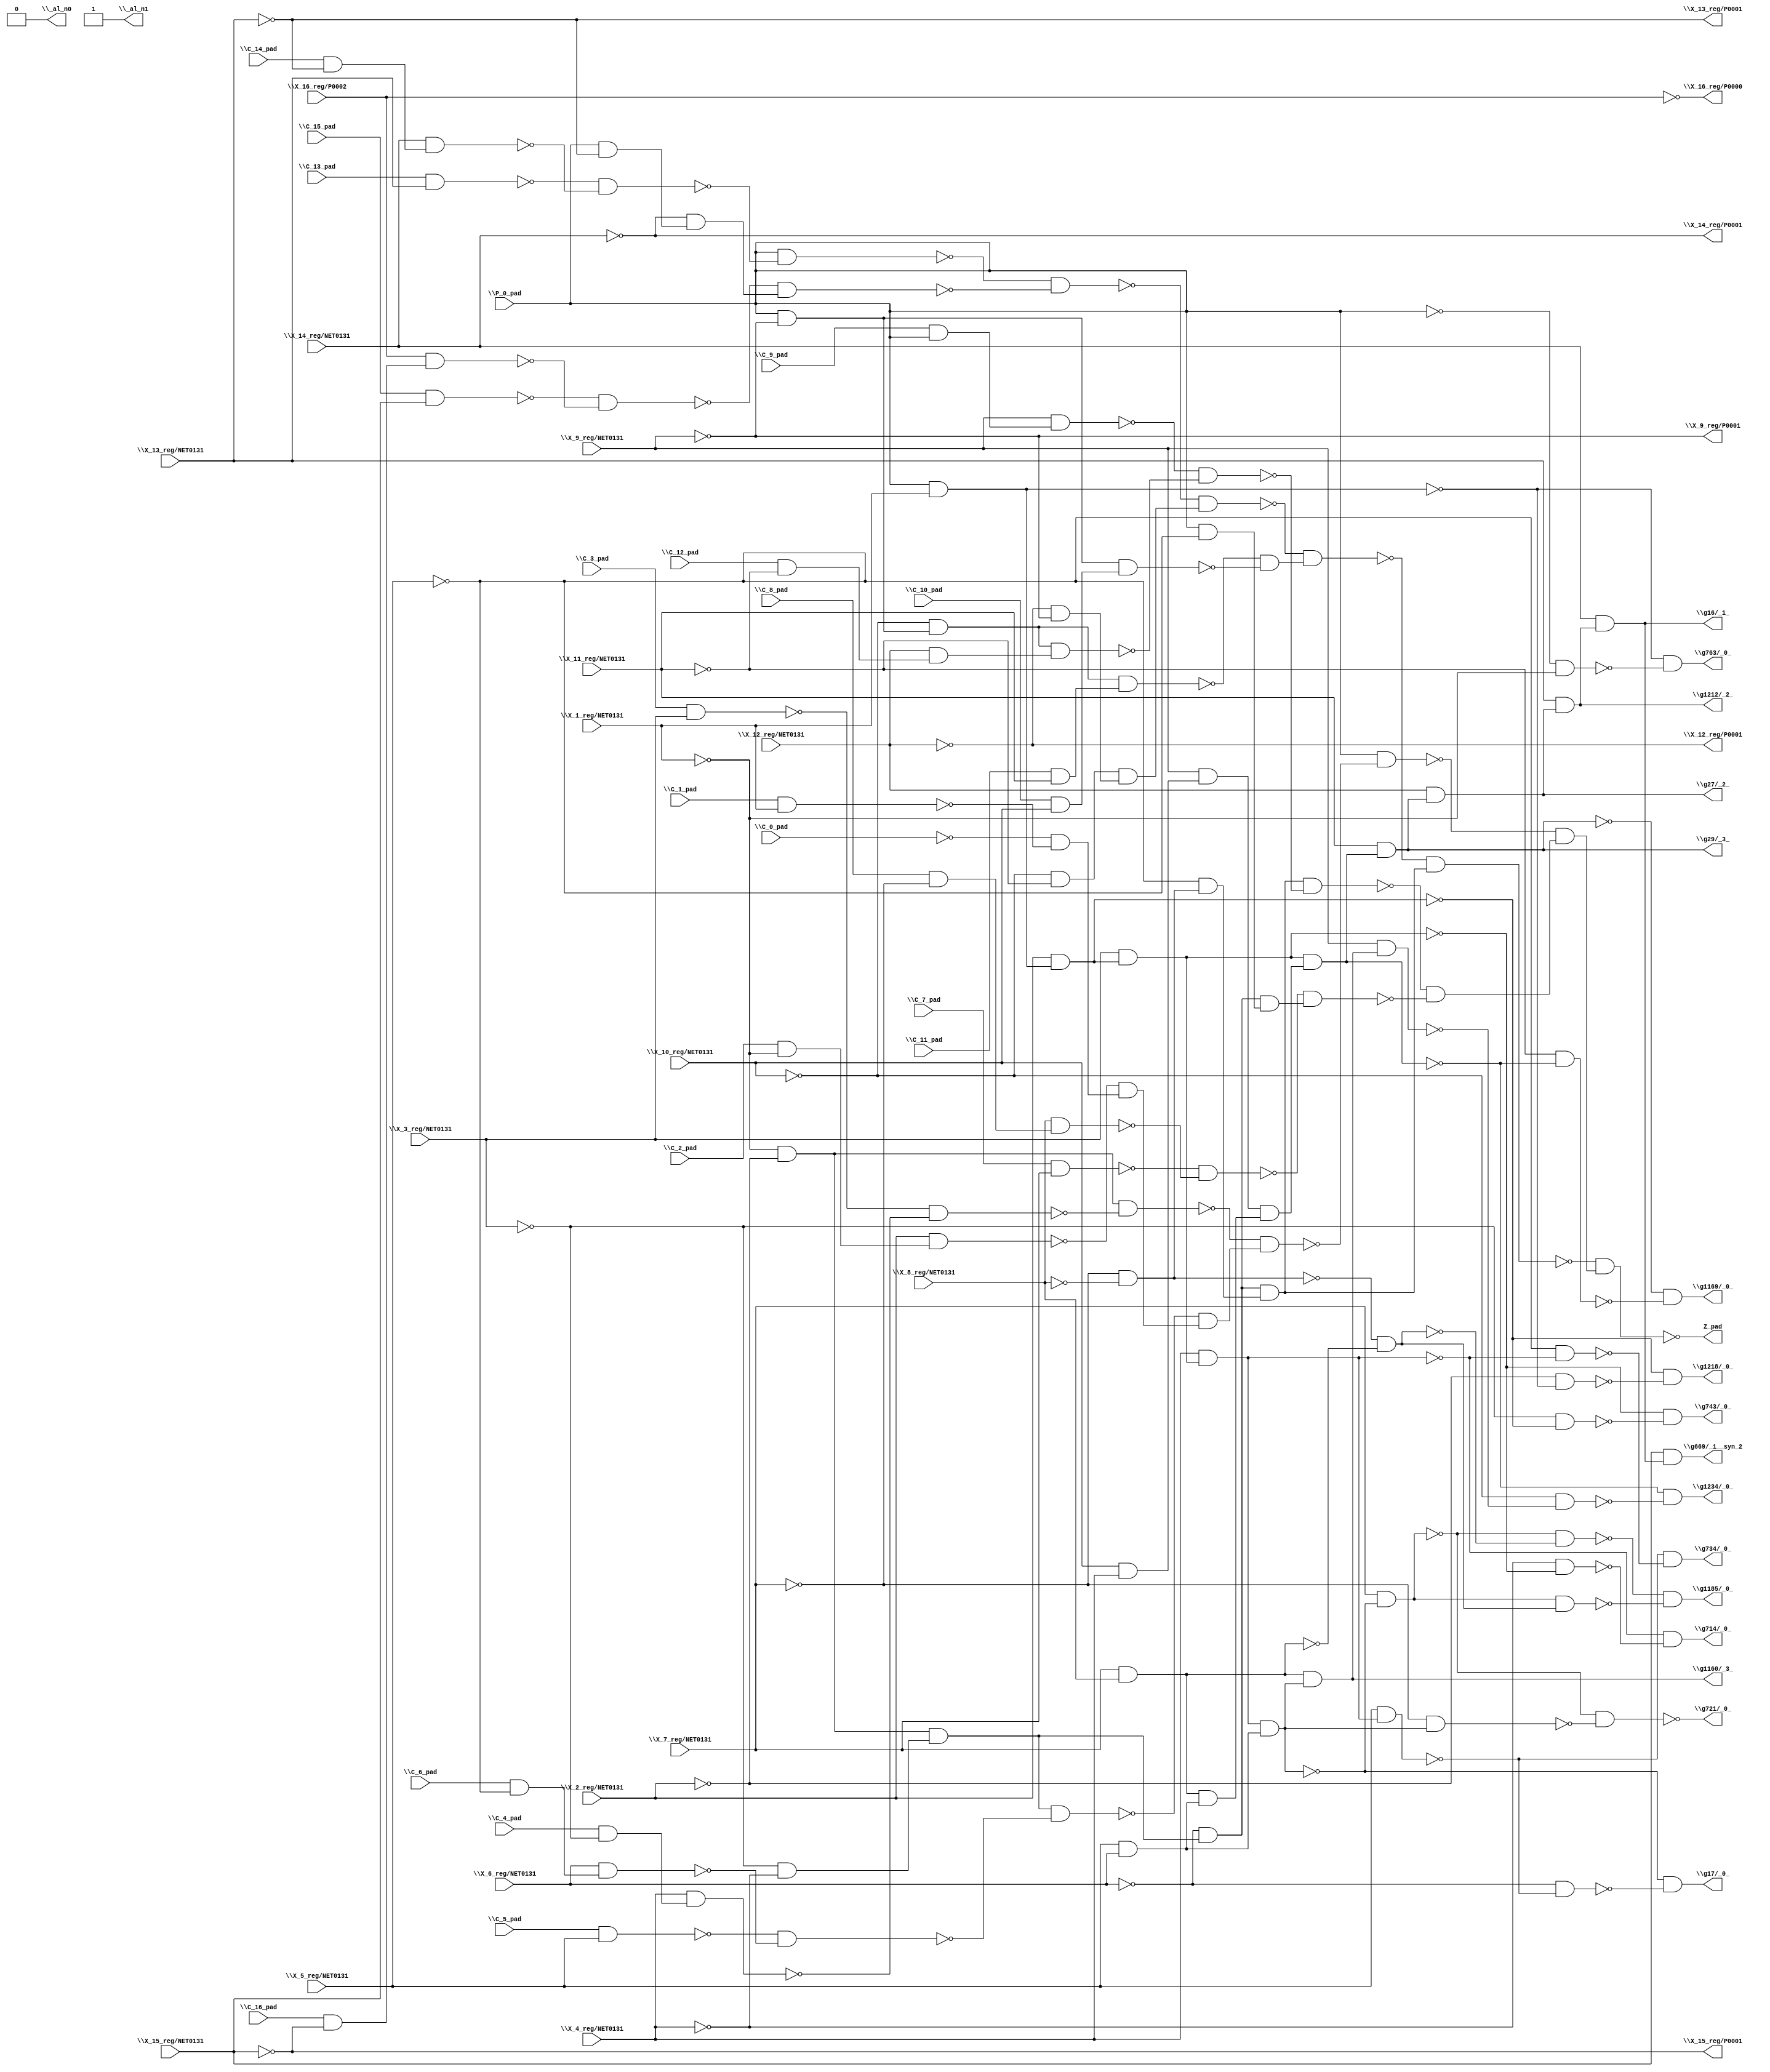
module top( \C_0_pad  , \C_10_pad  , \C_11_pad  , \C_12_pad  , \C_13_pad  , \C_14_pad  , \C_15_pad  , \C_16_pad  , \C_1_pad  , \C_2_pad  , \C_3_pad  , \C_4_pad  , \C_5_pad  , \C_6_pad  , \C_7_pad  , \C_8_pad  , \C_9_pad  , \P_0_pad  , \X_10_reg/NET0131  , \X_11_reg/NET0131  , \X_12_reg/NET0131  , \X_13_reg/NET0131  , \X_14_reg/NET0131  , \X_15_reg/NET0131  , \X_16_reg/P0002  , \X_1_reg/NET0131  , \X_2_reg/NET0131  , \X_3_reg/NET0131  , \X_4_reg/NET0131  , \X_5_reg/NET0131  , \X_6_reg/NET0131  , \X_7_reg/NET0131  , \X_8_reg/NET0131  , \X_9_reg/NET0131  , \X_12_reg/P0001  , \X_13_reg/P0001  , \X_14_reg/P0001  , \X_15_reg/P0001  , \X_16_reg/P0000  , \X_9_reg/P0001  , Z_pad , \_al_n0  , \_al_n1  , \g1160/_3_  , \g1169/_0_  , \g1185/_0_  , \g1212/_2_  , \g1218/_0_  , \g1234/_0_  , \g16/_1_  , \g17/_0_  , \g27/_2_  , \g29/_3_  , \g669/_1__syn_2  , \g714/_0_  , \g721/_0_  , \g734/_0_  , \g743/_0_  , \g763/_0_  );
  input \C_0_pad  ;
  input \C_10_pad  ;
  input \C_11_pad  ;
  input \C_12_pad  ;
  input \C_13_pad  ;
  input \C_14_pad  ;
  input \C_15_pad  ;
  input \C_16_pad  ;
  input \C_1_pad  ;
  input \C_2_pad  ;
  input \C_3_pad  ;
  input \C_4_pad  ;
  input \C_5_pad  ;
  input \C_6_pad  ;
  input \C_7_pad  ;
  input \C_8_pad  ;
  input \C_9_pad  ;
  input \P_0_pad  ;
  input \X_10_reg/NET0131  ;
  input \X_11_reg/NET0131  ;
  input \X_12_reg/NET0131  ;
  input \X_13_reg/NET0131  ;
  input \X_14_reg/NET0131  ;
  input \X_15_reg/NET0131  ;
  input \X_16_reg/P0002  ;
  input \X_1_reg/NET0131  ;
  input \X_2_reg/NET0131  ;
  input \X_3_reg/NET0131  ;
  input \X_4_reg/NET0131  ;
  input \X_5_reg/NET0131  ;
  input \X_6_reg/NET0131  ;
  input \X_7_reg/NET0131  ;
  input \X_8_reg/NET0131  ;
  input \X_9_reg/NET0131  ;
  output \X_12_reg/P0001  ;
  output \X_13_reg/P0001  ;
  output \X_14_reg/P0001  ;
  output \X_15_reg/P0001  ;
  output \X_16_reg/P0000  ;
  output \X_9_reg/P0001  ;
  output Z_pad ;
  output \_al_n0  ;
  output \_al_n1  ;
  output \g1160/_3_  ;
  output \g1169/_0_  ;
  output \g1185/_0_  ;
  output \g1212/_2_  ;
  output \g1218/_0_  ;
  output \g1234/_0_  ;
  output \g16/_1_  ;
  output \g17/_0_  ;
  output \g27/_2_  ;
  output \g29/_3_  ;
  output \g669/_1__syn_2  ;
  output \g714/_0_  ;
  output \g721/_0_  ;
  output \g734/_0_  ;
  output \g743/_0_  ;
  output \g763/_0_  ;
  wire n35 , n36 , n37 , n38 , n39 , n40 , n41 , n42 , n43 , n44 , n45 , n46 , n47 , n48 , n49 , n50 , n51 , n52 , n53 , n54 , n55 , n56 , n57 , n58 , n59 , n60 , n61 , n62 , n63 , n64 , n65 , n66 , n67 , n68 , n69 , n70 , n71 , n72 , n73 , n74 , n75 , n76 , n77 , n78 , n79 , n80 , n81 , n82 , n83 , n84 , n85 , n86 , n87 , n88 , n89 , n90 , n91 , n92 , n93 , n94 , n95 , n96 , n97 , n98 , n99 , n100 , n101 , n102 , n103 , n104 , n105 , n106 , n107 , n108 , n109 , n110 , n111 , n112 , n113 , n114 , n115 , n116 , n117 , n118 , n119 , n120 , n121 , n122 , n123 , n124 , n125 , n126 , n127 , n128 , n129 , n130 , n131 , n132 , n133 , n134 , n135 , n136 , n137 , n138 , n139 , n140 , n141 , n142 , n143 , n144 , n145 ;
  assign n35 = \C_13_pad  & \X_13_reg/NET0131  ;
  assign n36 = \C_14_pad  & ~\X_13_reg/NET0131  ;
  assign n37 = \X_14_reg/NET0131  & n36 ;
  assign n38 = ~n35 & ~n37 ;
  assign n39 = \P_0_pad  & ~n38 ;
  assign n40 = \C_15_pad  & \X_15_reg/NET0131  ;
  assign n41 = \C_16_pad  & ~\X_15_reg/NET0131  ;
  assign n42 = \X_16_reg/P0002  & n41 ;
  assign n43 = ~n40 & ~n42 ;
  assign n44 = \P_0_pad  & ~\X_13_reg/NET0131  ;
  assign n45 = ~\X_14_reg/NET0131  & n44 ;
  assign n46 = ~n43 & n45 ;
  assign n47 = ~n39 & ~n46 ;
  assign n48 = ~\X_10_reg/NET0131  & ~\X_11_reg/NET0131  ;
  assign n49 = ~\X_12_reg/NET0131  & ~\X_9_reg/NET0131  ;
  assign n50 = n48 & n49 ;
  assign n51 = ~n47 & n50 ;
  assign n52 = \P_0_pad  & ~\X_9_reg/NET0131  ;
  assign n53 = ~\X_10_reg/NET0131  & n52 ;
  assign n54 = \C_11_pad  & \X_11_reg/NET0131  ;
  assign n55 = n53 & n54 ;
  assign n56 = \C_10_pad  & \X_10_reg/NET0131  ;
  assign n57 = n52 & n56 ;
  assign n58 = ~n55 & ~n57 ;
  assign n59 = ~n51 & n58 ;
  assign n60 = ~\X_1_reg/NET0131  & ~\X_2_reg/NET0131  ;
  assign n61 = ~\X_3_reg/NET0131  & ~\X_4_reg/NET0131  ;
  assign n62 = n60 & n61 ;
  assign n63 = ~\X_6_reg/NET0131  & n62 ;
  assign n64 = ~\X_7_reg/NET0131  & ~\X_8_reg/NET0131  ;
  assign n65 = ~\X_5_reg/NET0131  & n64 ;
  assign n66 = n63 & n65 ;
  assign n67 = ~n59 & n66 ;
  assign n73 = \C_3_pad  & \X_3_reg/NET0131  ;
  assign n74 = \C_4_pad  & ~\X_3_reg/NET0131  ;
  assign n75 = \X_4_reg/NET0131  & n74 ;
  assign n76 = ~n73 & ~n75 ;
  assign n77 = n60 & ~n76 ;
  assign n68 = \C_5_pad  & \X_5_reg/NET0131  ;
  assign n69 = \C_6_pad  & ~\X_5_reg/NET0131  ;
  assign n70 = \X_6_reg/NET0131  & n69 ;
  assign n71 = ~n68 & ~n70 ;
  assign n72 = n62 & ~n71 ;
  assign n79 = \C_2_pad  & ~\X_1_reg/NET0131  ;
  assign n80 = \X_2_reg/NET0131  & n79 ;
  assign n78 = \C_1_pad  & \X_1_reg/NET0131  ;
  assign n81 = ~\C_0_pad  & ~n78 ;
  assign n82 = ~n80 & n81 ;
  assign n83 = ~n72 & n82 ;
  assign n84 = ~n77 & n83 ;
  assign n85 = \P_0_pad  & ~n84 ;
  assign n86 = \C_9_pad  & \P_0_pad  ;
  assign n87 = \X_9_reg/NET0131  & n86 ;
  assign n88 = \C_12_pad  & ~\X_11_reg/NET0131  ;
  assign n89 = \X_12_reg/NET0131  & n88 ;
  assign n90 = n53 & n89 ;
  assign n91 = ~n87 & ~n90 ;
  assign n92 = n66 & ~n91 ;
  assign n93 = \C_7_pad  & \X_7_reg/NET0131  ;
  assign n94 = \C_8_pad  & ~\X_7_reg/NET0131  ;
  assign n95 = \X_8_reg/NET0131  & n94 ;
  assign n96 = ~n93 & ~n95 ;
  assign n97 = \P_0_pad  & ~\X_5_reg/NET0131  ;
  assign n98 = n63 & n97 ;
  assign n99 = ~n96 & n98 ;
  assign n100 = ~n92 & ~n99 ;
  assign n101 = ~n85 & n100 ;
  assign n102 = ~n67 & n101 ;
  assign n103 = \X_7_reg/NET0131  & \X_8_reg/NET0131  ;
  assign n104 = \P_0_pad  & \X_1_reg/NET0131  ;
  assign n105 = \X_2_reg/NET0131  & n104 ;
  assign n106 = \X_3_reg/NET0131  & n105 ;
  assign n107 = \X_4_reg/NET0131  & n106 ;
  assign n108 = \X_5_reg/NET0131  & \X_6_reg/NET0131  ;
  assign n109 = n107 & n108 ;
  assign n110 = n103 & n109 ;
  assign n111 = \X_10_reg/NET0131  & \X_4_reg/NET0131  ;
  assign n112 = \X_9_reg/NET0131  & n111 ;
  assign n113 = n103 & n108 ;
  assign n114 = n112 & n113 ;
  assign n115 = n106 & n114 ;
  assign n116 = \X_11_reg/NET0131  & n115 ;
  assign n117 = ~\X_11_reg/NET0131  & ~n115 ;
  assign n118 = ~n116 & ~n117 ;
  assign n119 = \X_7_reg/NET0131  & ~n109 ;
  assign n120 = ~n64 & ~n103 ;
  assign n121 = ~n119 & ~n120 ;
  assign n122 = n119 & n120 ;
  assign n123 = ~n121 & ~n122 ;
  assign n124 = \X_12_reg/NET0131  & n116 ;
  assign n125 = \X_13_reg/NET0131  & n124 ;
  assign n126 = ~\X_2_reg/NET0131  & ~n104 ;
  assign n127 = ~n105 & ~n126 ;
  assign n128 = \X_9_reg/NET0131  & n110 ;
  assign n129 = ~\X_10_reg/NET0131  & ~n128 ;
  assign n130 = ~n115 & ~n129 ;
  assign n131 = \X_14_reg/NET0131  & n125 ;
  assign n132 = \X_5_reg/NET0131  & n107 ;
  assign n133 = ~\X_6_reg/NET0131  & ~n132 ;
  assign n134 = ~n109 & ~n133 ;
  assign n135 = \X_15_reg/NET0131  & n131 ;
  assign n136 = ~\X_4_reg/NET0131  & ~n106 ;
  assign n137 = ~n107 & ~n136 ;
  assign n138 = ~\X_7_reg/NET0131  & n109 ;
  assign n139 = ~n119 & ~n138 ;
  assign n140 = ~\X_5_reg/NET0131  & ~n107 ;
  assign n141 = ~n132 & ~n140 ;
  assign n142 = ~\X_3_reg/NET0131  & ~n105 ;
  assign n143 = ~n106 & ~n142 ;
  assign n144 = ~\P_0_pad  & ~\X_1_reg/NET0131  ;
  assign n145 = ~n104 & ~n144 ;
  assign \X_12_reg/P0001  = ~\X_12_reg/NET0131  ;
  assign \X_13_reg/P0001  = ~\X_13_reg/NET0131  ;
  assign \X_14_reg/P0001  = ~\X_14_reg/NET0131  ;
  assign \X_15_reg/P0001  = ~\X_15_reg/NET0131  ;
  assign \X_16_reg/P0000  = ~\X_16_reg/P0002  ;
  assign \X_9_reg/P0001  = ~\X_9_reg/NET0131  ;
  assign Z_pad = ~n102 ;
  assign \_al_n0  = 1'b0 ;
  assign \_al_n1  = ~1'b0 ;
  assign \g1160/_3_  = n110 ;
  assign \g1169/_0_  = n118 ;
  assign \g1185/_0_  = n123 ;
  assign \g1212/_2_  = n125 ;
  assign \g1218/_0_  = n127 ;
  assign \g1234/_0_  = n130 ;
  assign \g16/_1_  = n131 ;
  assign \g17/_0_  = n134 ;
  assign \g27/_2_  = n124 ;
  assign \g29/_3_  = n116 ;
  assign \g669/_1__syn_2  = n135 ;
  assign \g714/_0_  = n137 ;
  assign \g721/_0_  = ~n139 ;
  assign \g734/_0_  = n141 ;
  assign \g743/_0_  = n143 ;
  assign \g763/_0_  = n145 ;
endmodule